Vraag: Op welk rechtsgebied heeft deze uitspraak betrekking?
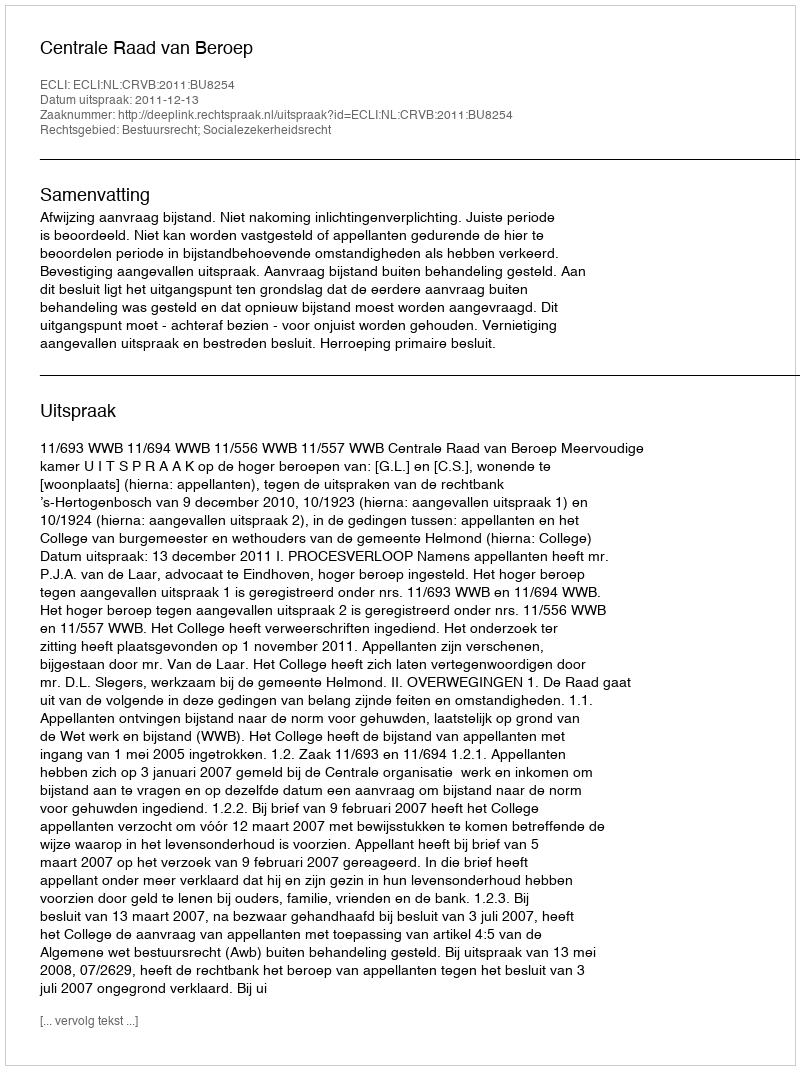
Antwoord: Bestuursrecht; Socialezekerheidsrecht